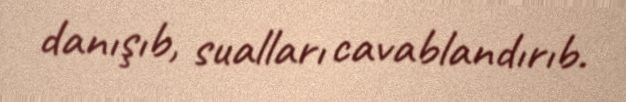
danışıb, sualları cavablandırıb.